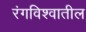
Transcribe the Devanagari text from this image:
रंगविश्वातील